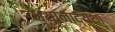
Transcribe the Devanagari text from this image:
ध्यानाद्यथा